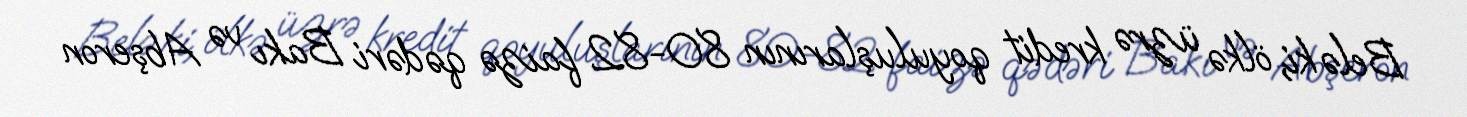
Belə ki, ölkə üzrə kredit qoyuluşlarının 80-82 faizə qədəri Bakı və Abşeron